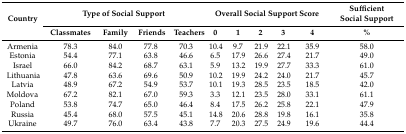
| <ROWSPAN=2> Country | <COLSPAN=4> Type of Social Support | <COLSPAN=5> Overall Social Support Score | Sufficient Social Support |
 | Classmates | Family | Friends | Teachers | 0 | 1 | 2 | 3 | 4 | % |
 | --- | --- | --- | --- | --- | --- | --- | --- | --- | --- | --- |
 | Armenia | 78.3 | 84.0 | 77.8 | 70.3 | 10.4 | 9.7 | 21.9 | 22.1 | 35.9 | 58.0 |
 | Estonia | 54.4 | 77.1 | 63.8 | 46.6 | 6.5 | 17.9 | 26.6 | 27.4 | 21.7 | 49.0 |
 | Israel | 66.0 | 84.2 | 68.7 | 63.1 | 5.9 | 13.2 | 19.9 | 27.7 | 33.3 | 61.0 |
 | Lithuania | 47.8 | 63.6 | 69.6 | 50.9 | 10.2 | 19.9 | 24.2 | 24.0 | 21.7 | 45.7 |
 | Latvia | 48.9 | 67.2 | 54.9 | 53.7 | 10.1 | 19.3 | 28.5 | 23.5 | 18.5 | 42.0 |
 | Moldova | 67.2 | 82.1 | 67.0 | 59.3 | 3.3 | 12.1 | 23.5 | 28.0 | 33.1 | 61.1 |
 | Poland | 53.8 | 74.7 | 65.0 | 46.4 | 8.4 | 17.5 | 26.2 | 25.8 | 22.1 | 47.9 |
 | Russia | 45.4 | 68.0 | 57.5 | 45.1 | 14.8 | 20.6 | 28.8 | 19.8 | 16.1 | 35.8 |
 | Ukraine | 49.7 | 76.0 | 63.4 | 43.8 | 7.7 | 20.3 | 27.5 | 24.9 | 19.6 | 44.4 |